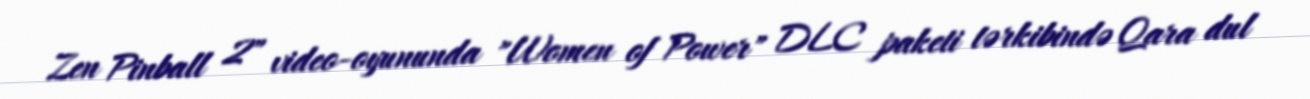
Zen Pinball 2" video-oyununda "Women of Power" DLC paketi tərkibində Qara dul